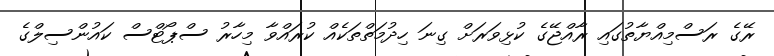
ރޭގެ ރަސްމިއްޔާތުގައި ރާއްޖޭގެ ކުޅިވަރަށް ގިނަ ހިދުމަތްތަކެއް ކުރައްވާ މިހާރު ސްޕޯޓްސް ކައުންސިލްގެ